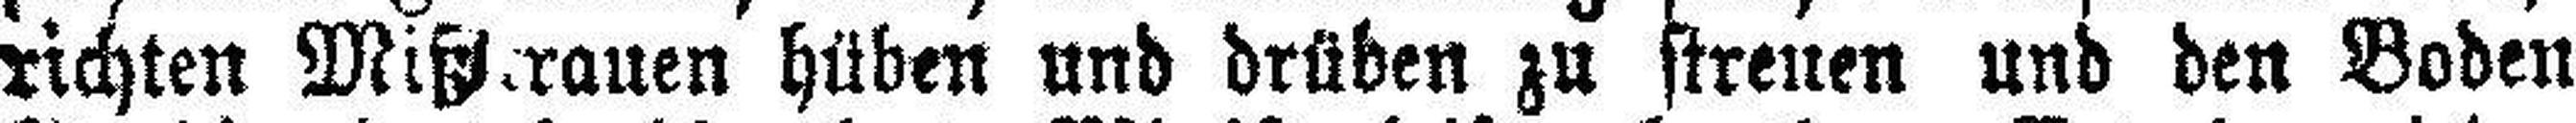
richten Mißtrauen hüben und drüben zu streuen und den Boden